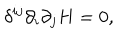
\delta ^ { i j } \partial _ { i } \partial _ { j } H = 0 ,